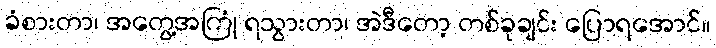
ခံစားတာ၊ အတွေ့အကြုံ ရသွားတာ၊ အဲဒီတော့ တစ်ခုချင်း ပြောရအောင်။